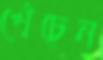
খেঁচেন